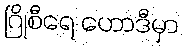
ဂြိုစီရေ ဟောဒီမှာ